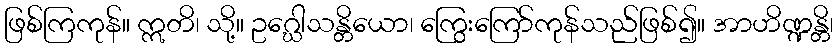
ဖြစ်ကြကုန်။ ဣတိ၊ သို့။ ဥဂ္ဃေါသန္တိယော၊ ကြွေးကြော်ကုန်သည်ဖြစ်၍။ အာဟိဏ္ဍန္တိ၊